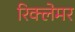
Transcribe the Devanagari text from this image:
रिक्लेमर